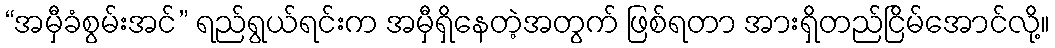
“အမှီခံစွမ်းအင်” ရည်ရွယ်ရင်းက အမှီရှိနေတဲ့အတွက် ဖြစ်ရတာ အားရှိတည်ငြိမ်အောင်လို့။